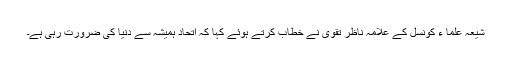
شیعہ علما ء کونسل کے علامہ ناظر تقوی نے خطاب کرتے ہوئے کہا کہ اتحاد ہمیشہ سے دنیا کی ضرورت رہی ہے۔